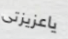
ياعزيزتى